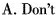
A. Don't